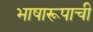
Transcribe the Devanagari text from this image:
भाषारूपाची